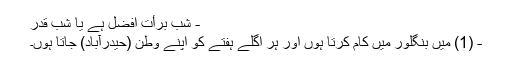
- شب برأت افضل ہے یا شب قدر
- (1) میں بنگلور میں کام کرتا ہوں اور ہر اگلے ہفتے کو اپنے وطن (حیدرآباد) جاتا ہوں۔